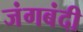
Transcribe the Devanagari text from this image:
जंगबंदी